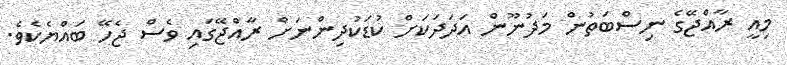
މިއީ ރާއްޖޭގެ ނިސްބަތުން މަދުނޫން އަދަދަކަށް ކުޑަކުދިންނަށް ރާއްޖޭގައި ވެސް ޖެހޭ ބައްޔެކެވެ.